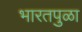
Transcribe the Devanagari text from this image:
भारतपुळा